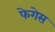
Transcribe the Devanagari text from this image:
फेगेस